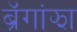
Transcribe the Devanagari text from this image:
ब्रॅगांझा